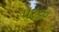
૫૨૬૦